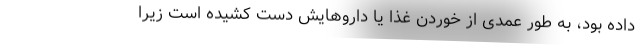
داده بود، به طور عمدی از خوردن غذا یا داروهایش دست کشیده است زیرا